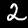
Label: 2